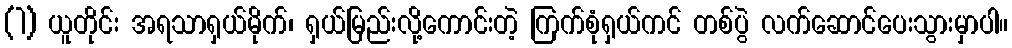
(1) ယူတိုင်း အရသာရှယ်မိုက်၊ ရှယ်မြည်းလို့ကောင်းတဲ့ ကြက်စုံရှယ်ကင် တစ်ပွဲ လက်ဆောင်ပေးသွားမှာပါ။